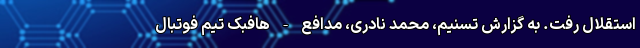
استقلال رفت. به گزارش تسنیم، محمد نادری، مدافع - هافبک تیم فوتبال